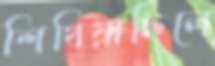
শিখিয়াছিলে